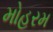
મોહરમ